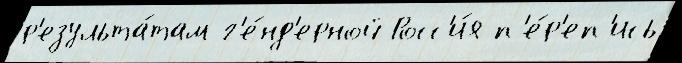
р'езульта́там г'е́нд'ерной Росс'и́я п'е́р'еп'ись